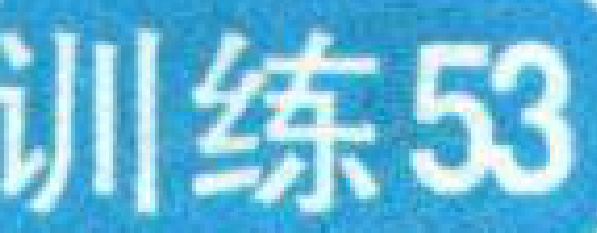
训练53